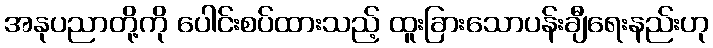
အနုပညာတို့ကို ပေါင်းစပ်ထားသည့် ထူးခြားသောပန်းချီရေးနည်းဟု